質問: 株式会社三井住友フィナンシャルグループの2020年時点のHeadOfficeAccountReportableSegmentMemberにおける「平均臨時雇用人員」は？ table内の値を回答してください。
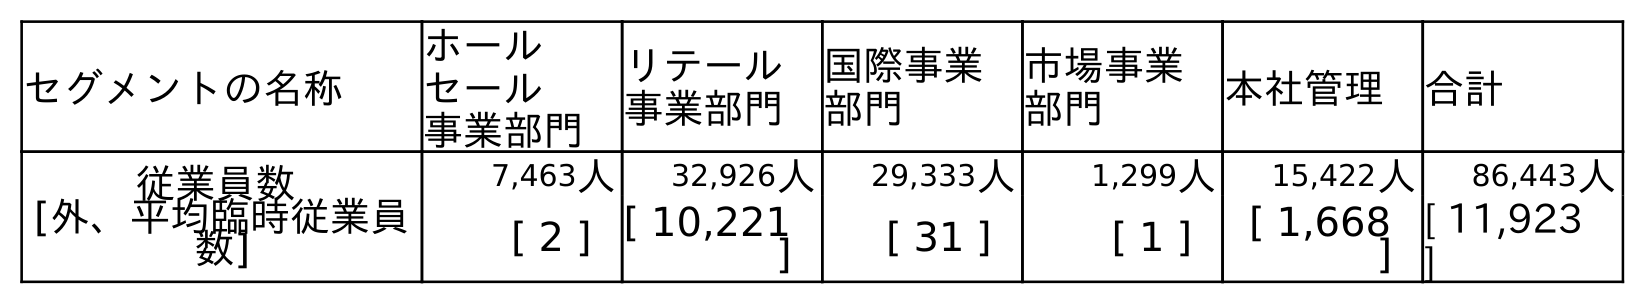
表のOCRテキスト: セグメントの名称 ホール セール 事業部門 リテール 事業部門 国際事業 部門 市場事業 部門 本社管理 合計 従業員数 [外、平均臨時従業員 数] 7,463人 32,926人 29,333人 1,299人 15,422人 86,443人 [ 2 ] [ 10,221 ] [ 31 ] [ 1 ] [ 1,668 ] [ 11,923 ]
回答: [1,668]